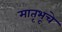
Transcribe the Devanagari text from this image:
मातृभूचे